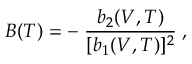
B ( T ) = - \; { \frac { b _ { 2 } ( V , T ) } { [ b _ { 1 } ( V , T ) ] ^ { 2 } } } \; ,